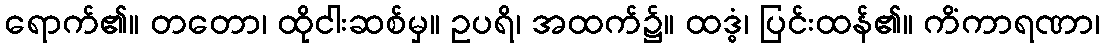
ရောက်၏။ တတော၊ ထိုငါးဆစ်မှ။ ဥပရိ၊ အထက်၌။ ထဒ္ဓံ၊ ပြင်းထန်၏။ ကိံကာရဏာ၊